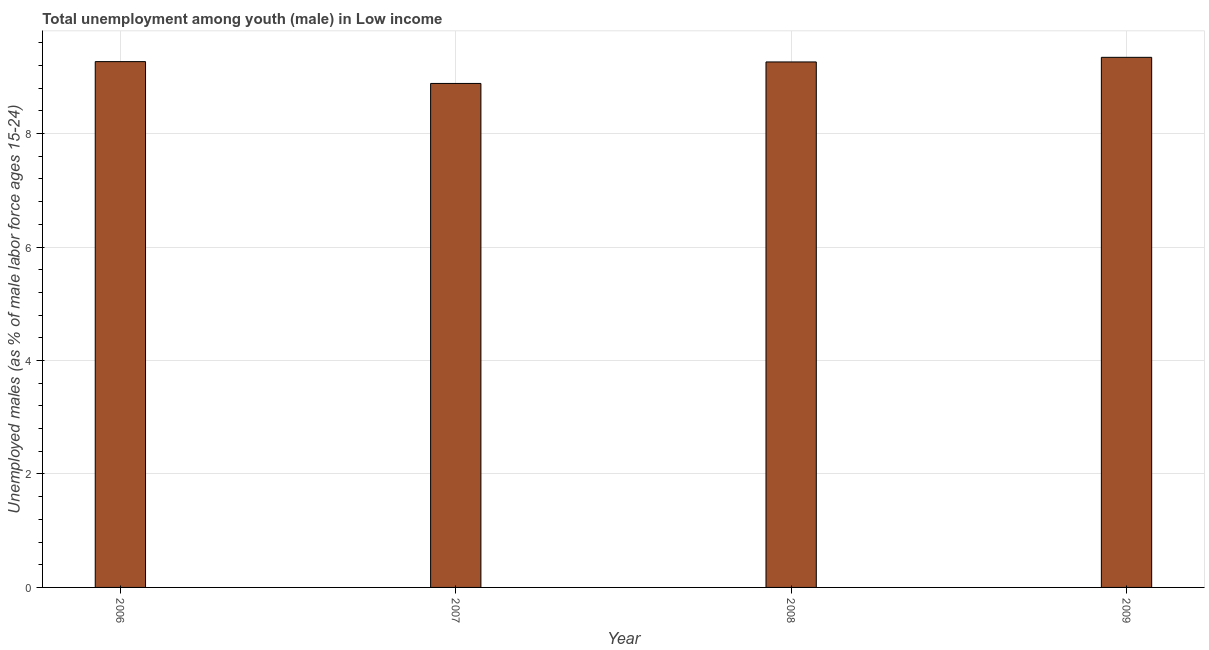
| Year | Unemployment |
 | --- | --- |
 | 2006 | 9.27 |
 | 2007 | 8.88 |
 | 2008 | 9.26 |
 | 2009 | 9.34 |